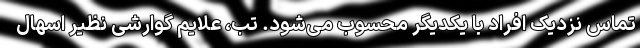
تماس نزدیک افراد با یکدیگر محسوب می‌شود. تب، علایم گوارشی نظیر اسهال